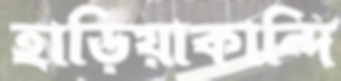
হাড়িয়াকান্দি